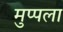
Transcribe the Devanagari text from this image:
मुप्पला